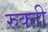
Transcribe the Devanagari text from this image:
रुक्ती